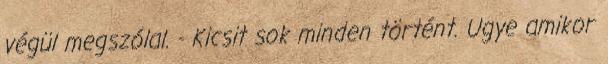
végül megszólal. - Kicsit sok minden történt. Ugye amikor